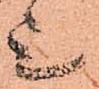
上